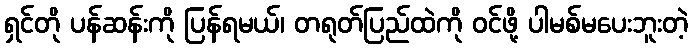
ရှင်တို ပန်ဆန်းကို ပြန်ရမယ်၊ တရုတ်ပြည်ထဲကို ဝင်ဖို့ ပါမစ်မပေးဘူးတဲ့